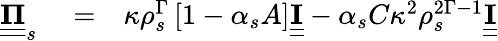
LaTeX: \begin{array}{rlr}{\underline{{\underline{{\mathbf{\Pi}}}}}_{s}}&{{}=}&{\kappa\rho_{s}^{\Gamma}\left[1-\alpha_{s}A\right]\underline{{\underline{{\mathbf{I}}}}}-\alpha_{s}C\kappa^{2}\rho_{s}^{2\Gamma-1}\underline{{\underline{{\mathbf{I}}}}}}\end{array}